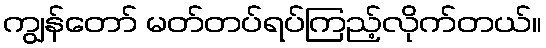
ကျွန်တော် မတ်တပ်ရပ်ကြည့်လိုက်တယ်။